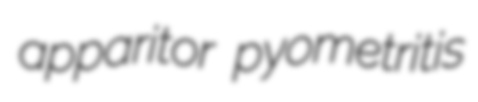
apparitor pyometritis